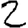
Digit: 2